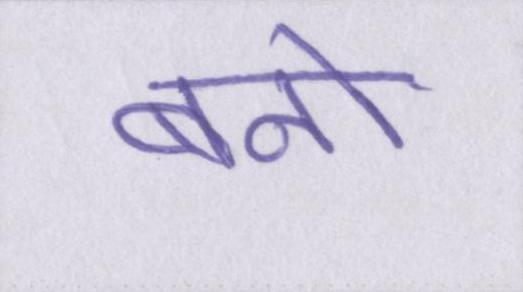
बनो